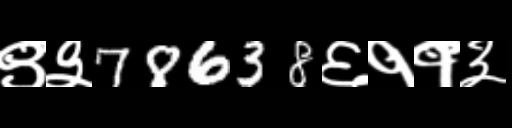
Text: ९३78638६११३